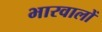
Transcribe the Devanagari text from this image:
भारवालों